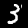
Digit: 3